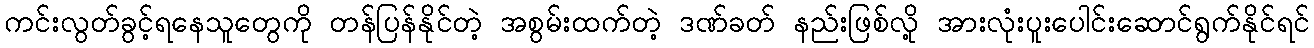
ကင်းလွတ်ခွင့်ရနေသူတွေကို တန်ပြန်နိုင်တဲ့ အစွမ်းထက်တဲ့ ဒဏ်ခတ် နည်းဖြစ်လို့ အားလုံးပူးပေါင်းဆောင်ရွက်နိုင်ရင်